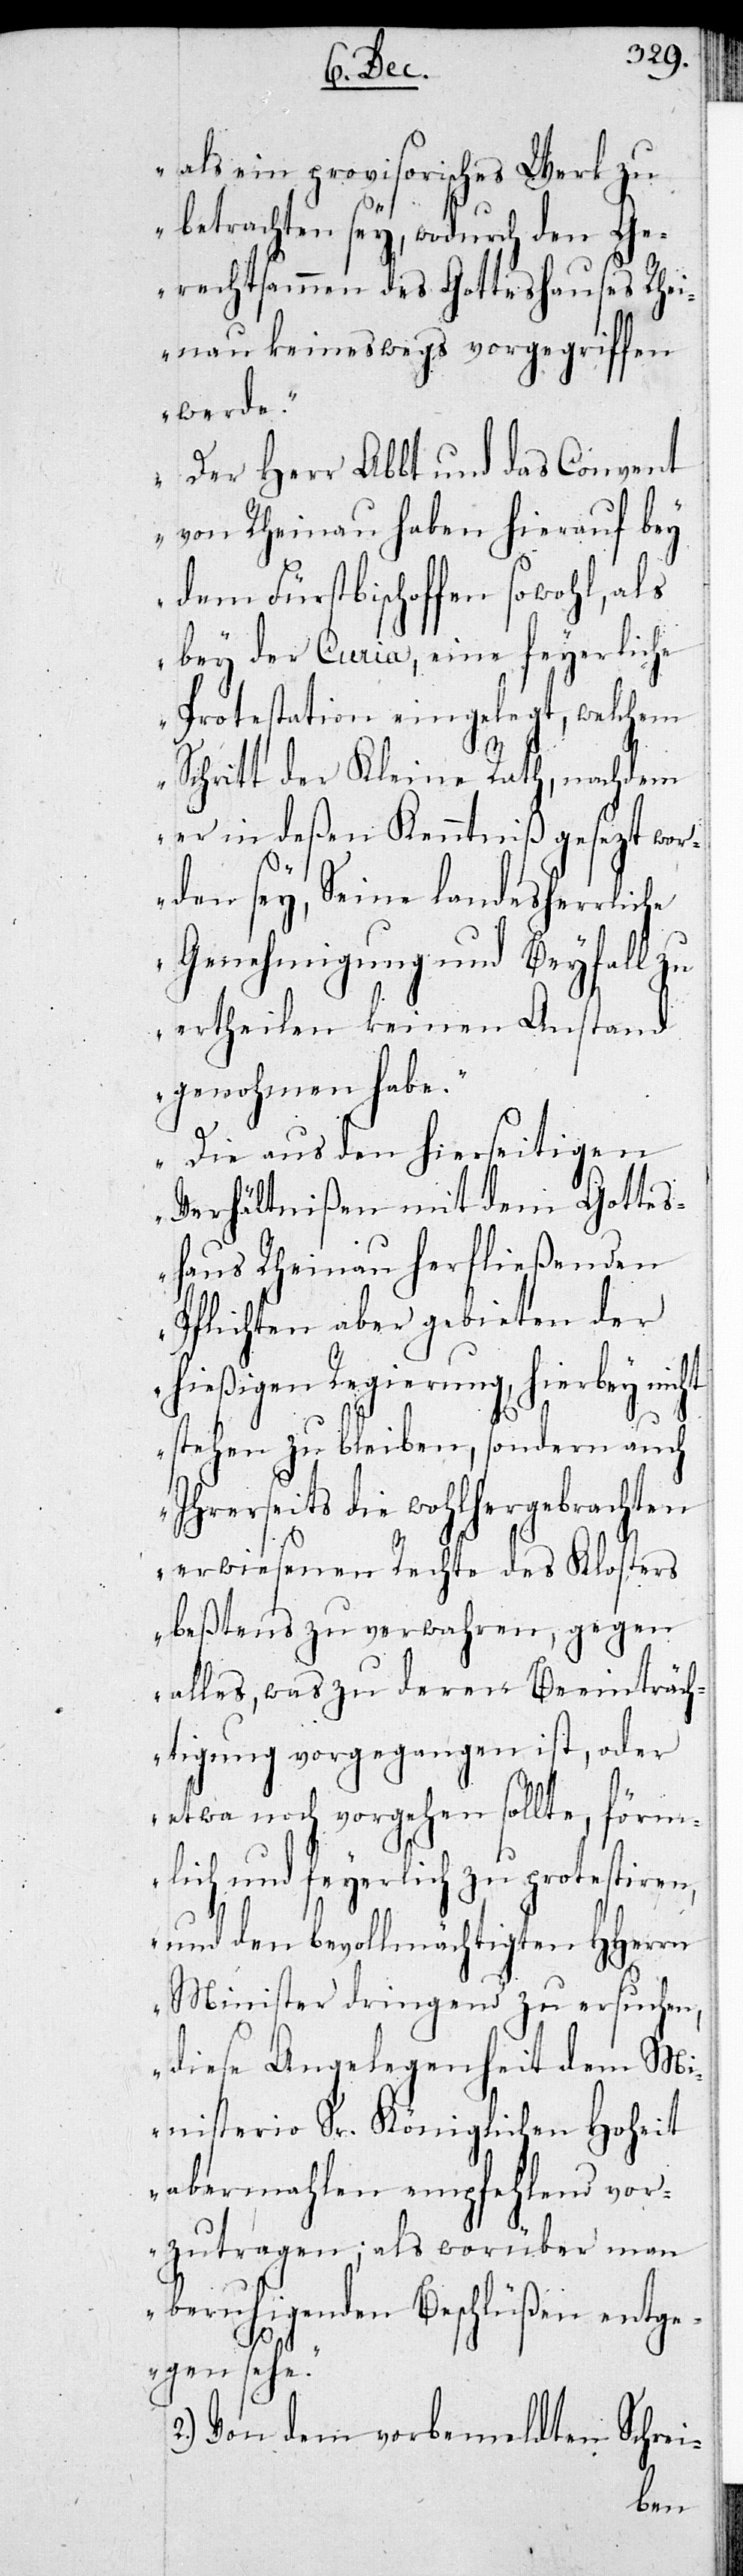
als ein provisorisches Werk zu
betrachten sey, wodurch den Ge¬
rechtsamen des Gotteshauses Rhei¬
nau keineswegs vorgegriffen
werde.
Der Herr Abbt und das Convent
von Rheinau haben hierauf bey
als
dem Fürstbischoffen
bey der Curia, eine feyerliche
chl¬
Protestation eingeleg¬
hen,
Schritt der Kleine Rath,
er in deßen Kenntniß
zt wor¬
den sey, seine landes¬
Genehmigung und Beyfall zu
ertheilen keinen
vo¬
genohmen habe.
Die aus den hierseitigen
Verhältnißen mit dem
chtig¬
shaus Rheinau h¬
Pflichten aber gebie¬
hießigen Regierun¬
stehen zu bleiben,
ihrerseits die
erwiesenen Rechte
bestens zu verw¬
alles, was zu de¬
htigung vorgeg¬
sol¬
ber
etwa noch vor¬
mä¬
lich und
rlich
und den bevoll¬
Minister dri¬
diese An¬
üßen entg¬
abermahlen empfeh¬
rzutragen; als worü¬
beruhigenden Bes¬
egen sehe.“
2.) Von dem vorbemeldten Schrei-